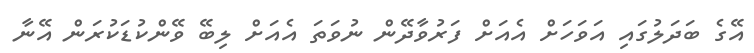
އޭގެ ބަދަލުގައި އަވަހަށް އެއަށް ފަރުވާދޭން ނުވަތަ އެއަށް ލިބޭ ވޭންކުޑަކުރަން އޭނާ